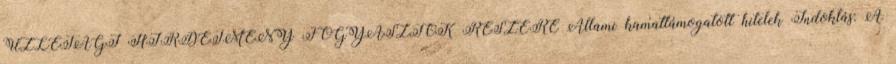
ÜZLETÁGI HIRDETMÉNY FOGYASZTÓK RÉSZÉRE Állami kamattámogatott hitelek Indoklás: A